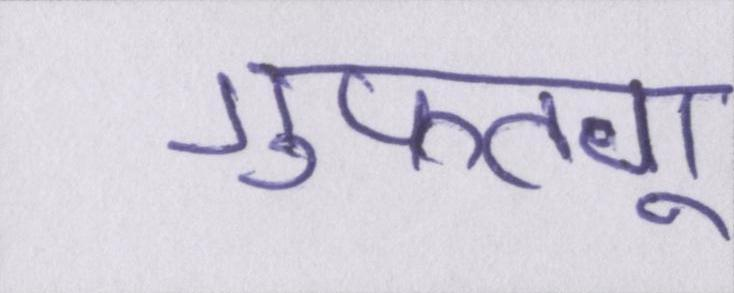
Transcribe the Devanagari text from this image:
गुफ्तगू